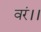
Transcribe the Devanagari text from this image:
वरं।।